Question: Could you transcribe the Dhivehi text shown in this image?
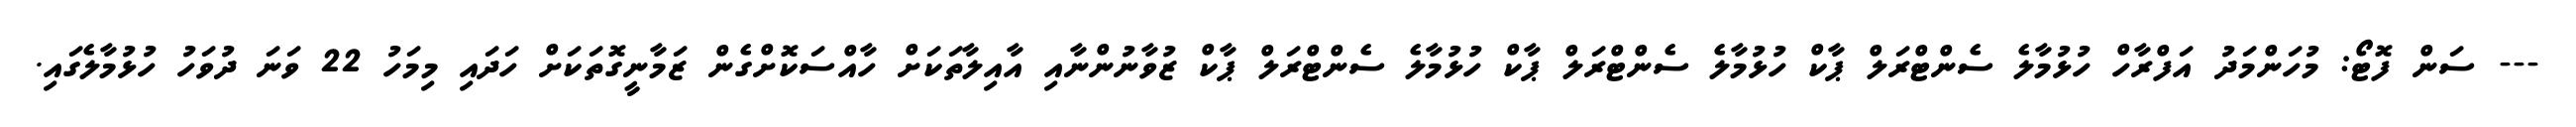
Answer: --- ސަން ފޮޓޯ: މުހަންމަދު އަފްރާހް ހުޅުމާލެ ސެންޓްރަލް ޕާކް ހުޅުމާލެ ސެންޓްރަލް ޕާކް ހުޅުމާލެ ސެންޓްރަލް ޕާކް ޒުވާނުންނާއި އާއިލާތަކަށް ހާއްސަކޮށްގެން ޒަމާނީގޮތަކަށް ހަދައި މިމަހު 22 ވަނަ ދުވަހު ހުޅުމާލެގައި.